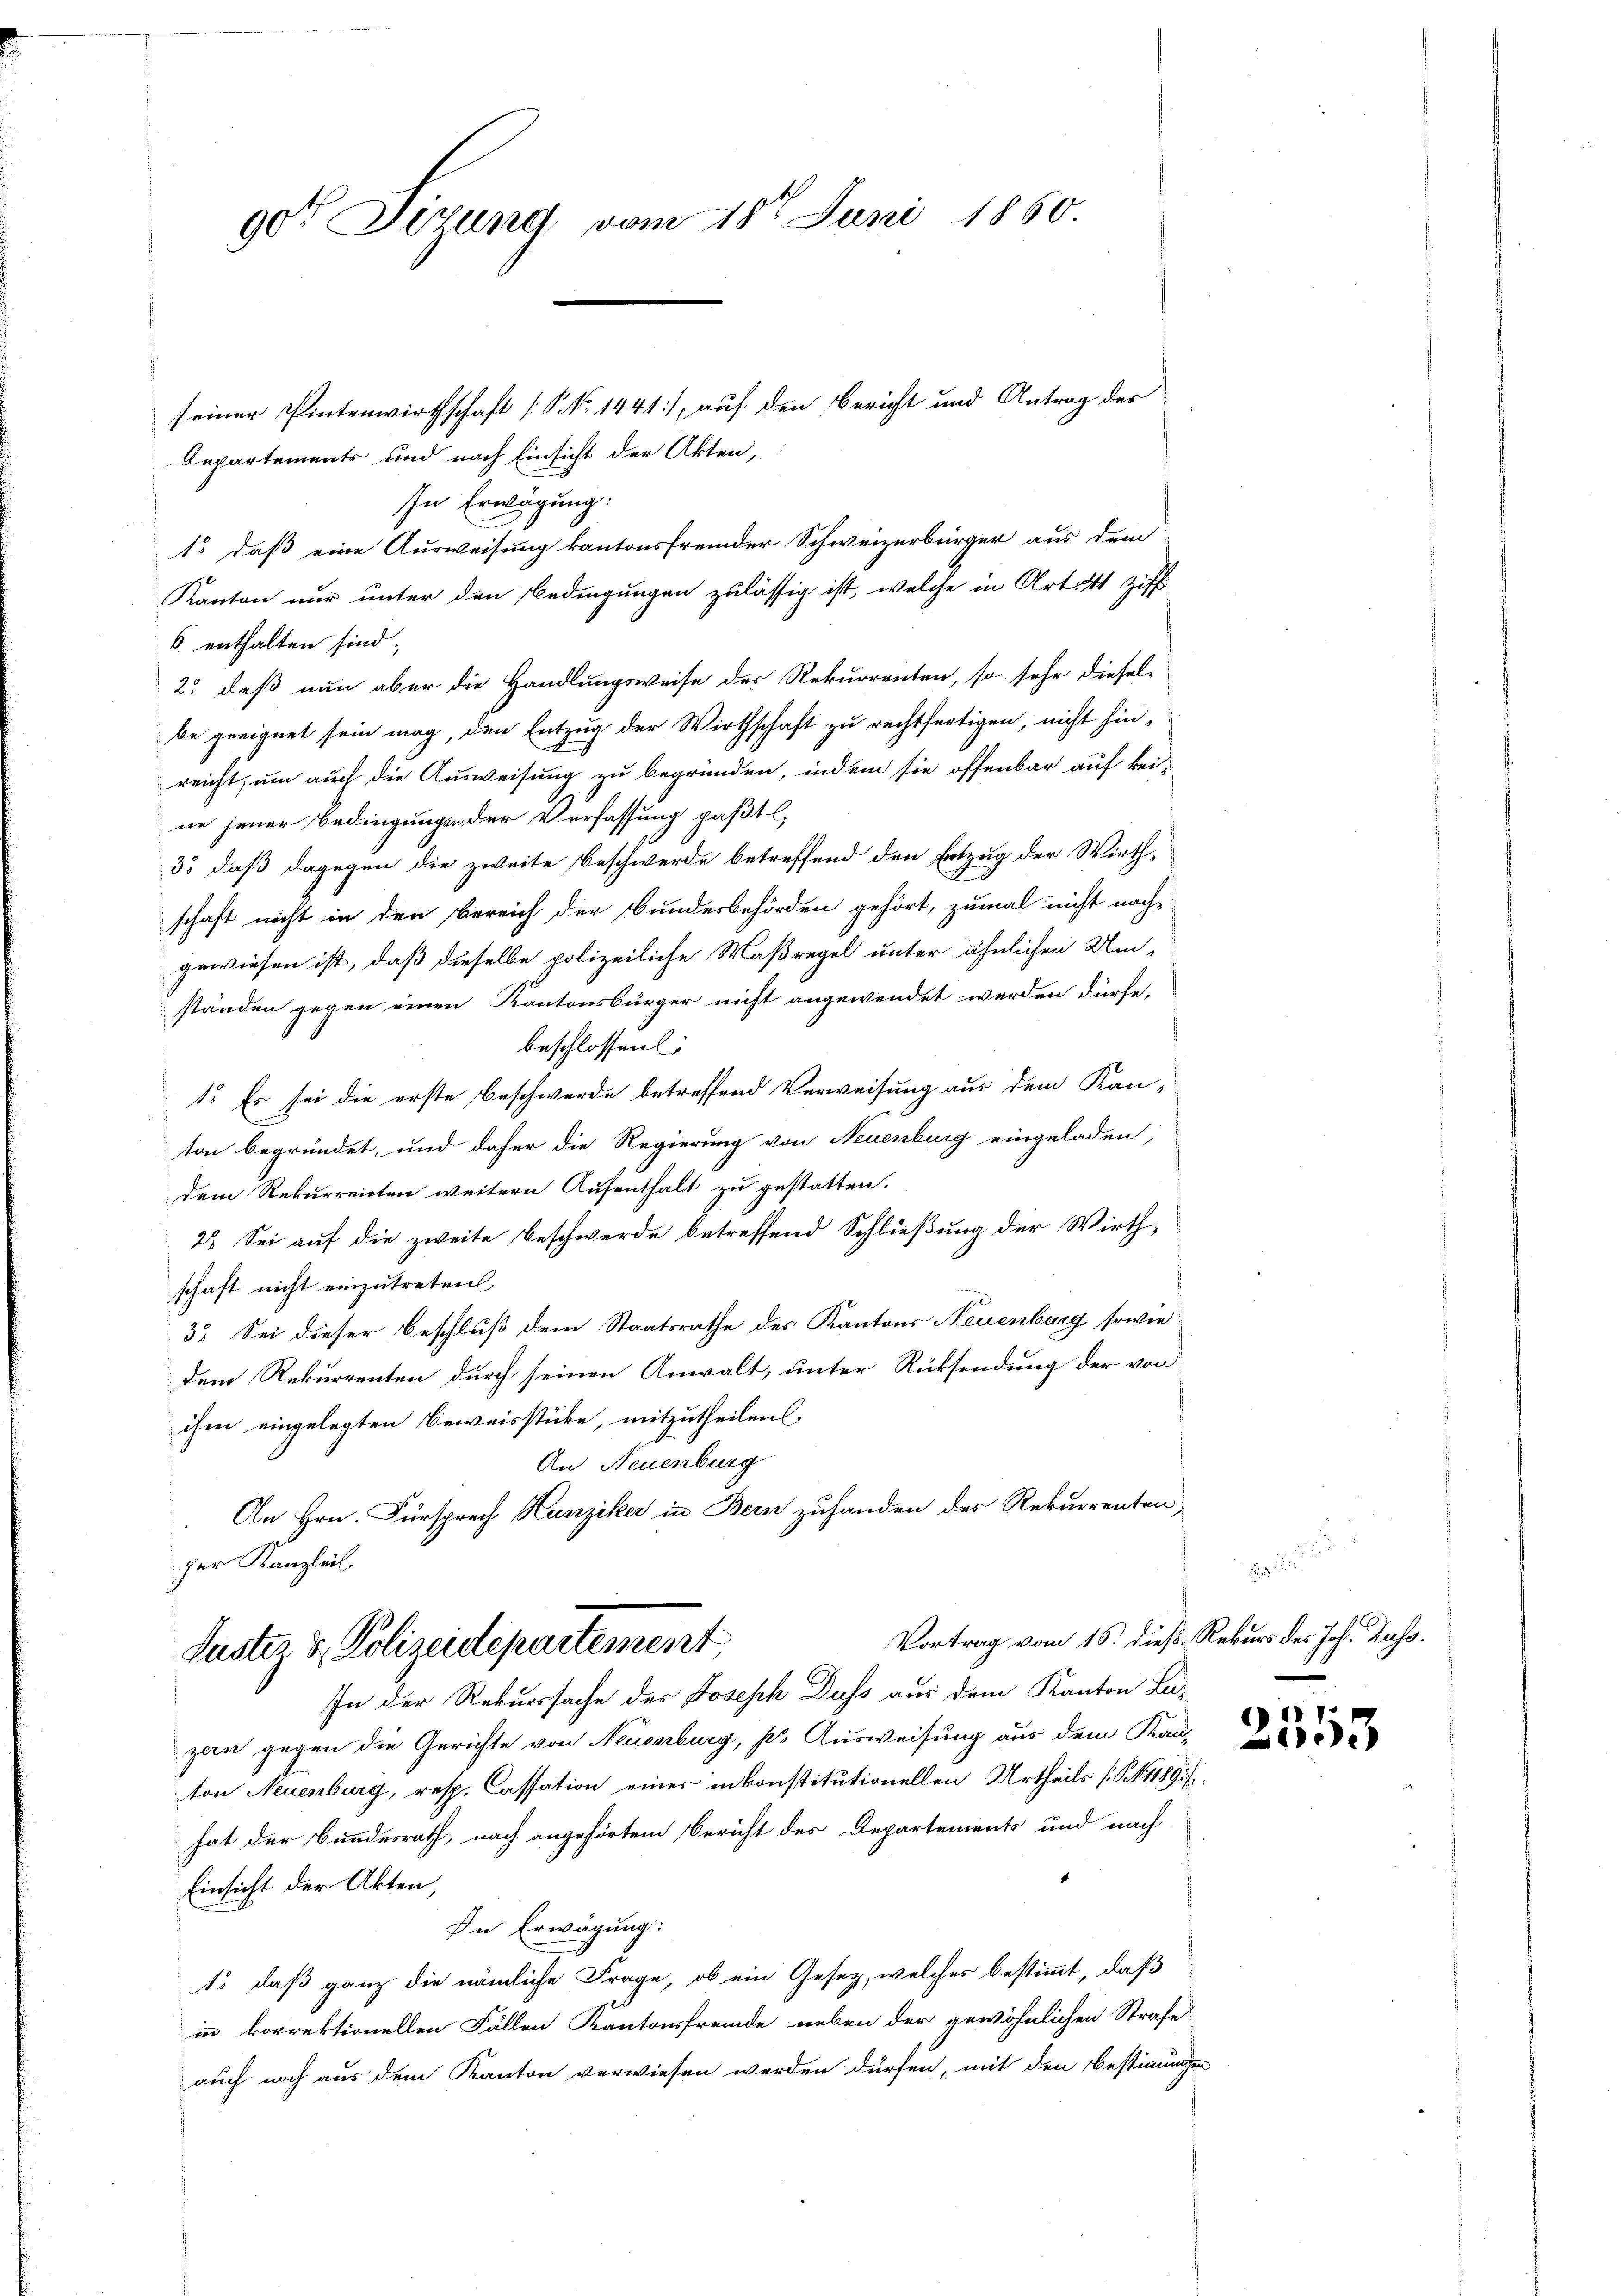
got Sizung vom 18t Juni 1860

seiner Pintenwirthschaft [NNo. 1441), auf den Bericht und Antrag des
Departements und nach Einsicht der Akten,
In Erwägung:
1. daß eine Ausweisung kantonsfremder Schweizerbürger aus dem
Kanton nur unter den Bedingungen zulässig ist, welche in Art. 41 Ziff
6 enthalten sind;
2) daß nun aber die Handlungsweise der Rekurrenten, so sehr dieselbe geeignet sein mag, den Entzug der Wirthschaft zu rechtfertigen, nicht hinreicht, um auch die Ausweisung zu begründen, indem sie offenbar auf keine jener Bedingungen der Verfassung paßtl.
33, daß dagegen die zweite Beschwerde betreffend den Entzug der Wirthschaft nicht in den Bereich der Bundesbehörden gehört, zumal nicht nach-
gewiesen ist, daß dieselbe polizeiliche Maßregel unter ähnlichen Um-
ständen gegen einen Kantonsbürger nicht angewendet werden dürfe.
beschlossen:
1. Es sei die erste Beschwerde betreffend Verweisung aus dem Kan-
ton begründet, und daher die Regierung von Neuenburg eingeladen,
dem Rekurrenten weitern Aufenthalt zu gestatten.
2. Sei auf die zweite Beschwerde betreffend Schließung der Wirth,
schaft nicht einzutreten,
35 Sei dieser Beschluß dem Staatsrathe des Kantons Neuenburg sowie
dem Rekurrenten durch seinen Anwalt, unter Rücksendung der von
ihm eingelegten Beweisstücke, mitzutheilen
An Neuenburg
An Hrn. Fürsprech Hunziker in Bern zuhanden des Rekurrenten,
her Kanzleil.
Vortrag vom 16. dieß Rekurs des Joh. Russ.
Suster & Polizeidepartement
In der Rekurssache des Joseph Duss aus dem Kanton Lu-
zar gegen die Gerichte von Neuenburg, p. Ausweisung aus dem Kanton Neuenburg, resp. Cassation einer inkonstitutionellen Urtheils (S. 1 1891/
hat der Bundesrath, nach angehörtem Bericht des Departements und nach
Einsicht der Akten,
In Erwägung:
13, daß ganz die nämliche Frage, ob ein Gesetz, welches bestimmt, daß
in korrektionellen Fällen Kantonsfremde neben der gewöhnlichen Strafe
auch noch aus dem Kanton verwiesen werden dürfen, mit den Bestimmungen

2553